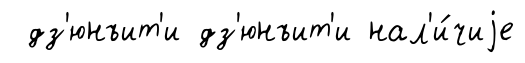
дз'юнъит'и дз'юнъит'и нал'и́чиjе